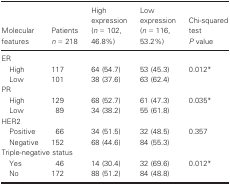
| Molecular features | Patients n = 218 | High expression (n = 102, 46.8%) | Low expression (n = 116, 53.2%) | Chi‐squared test P value |
 | --- | --- | --- | --- | --- |
 | <COLSPAN=5> ER |
 | High | 117 | 64 (54.7) | 53 (45.3) | <ROWSPAN=2> 0.012a |
 | Low | 101 | 38 (37.6) | 63 (62.4) |
 | <COLSPAN=5> PR |
 | High | 129 | 68 (52.7) | 61 (47.3) | <ROWSPAN=2> 0.035a |
 | Low | 89 | 34 (38.2) | 55 (61.8) |
 | <COLSPAN=5> HER2 |
 | Positive | 66 | 34 (51.5) | 32 (48.5) | <ROWSPAN=2> 0.357 |
 | Negative | 152 | 68 (44.6) | 84 (55.3) |
 | <COLSPAN=5> Triple‐negative status |
 | Yes | 46 | 14 (30.4) | 32 (69.6) | <ROWSPAN=2> 0.012a |
 | No | 172 | 88 (51.2) | 84 (48.8) |